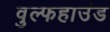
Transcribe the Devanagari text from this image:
वुल्फहाउंड